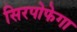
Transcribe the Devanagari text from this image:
सिरपोफेगा